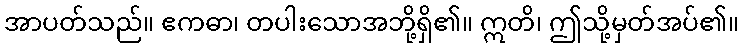
အာပတ်သည်။ ဧကဓာ၊ တပါးသောအဘို့ရှိ၏။ ဣတိ၊ ဤသို့မှတ်အပ်၏။